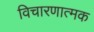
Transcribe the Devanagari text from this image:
विचारणात्मक